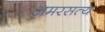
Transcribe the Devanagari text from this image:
अमरसत्य